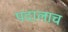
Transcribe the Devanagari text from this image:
पदालाच